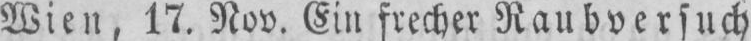
Wien, 17. Nov. Ein frecher Raubversuch